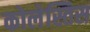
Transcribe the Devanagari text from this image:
कोलेस्तिस